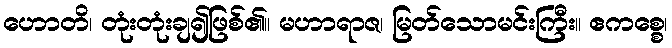
ဟောတိ၊ တုံးတုံးချ၍ဖြစ်၏။ မဟာရာဇ၊ မြတ်သောမင်းကြီး။ ဧကစ္စေ၊